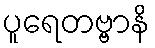
ပူရေတဗ္ဗာနိ